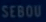
SE6OU